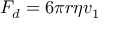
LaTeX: F _ { d } = 6 \pi r \eta v _ { 1 }